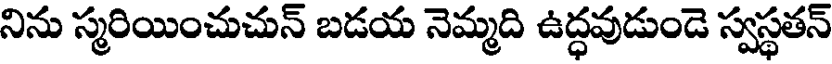
నిను స్మరియించుచున్ బడయ నెమ్మది ఉద్ధవుడుండె స్వస్థతన్